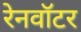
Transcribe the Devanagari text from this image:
रेनवॉटर